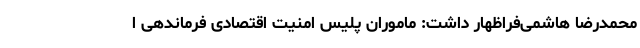
محمدرضا هاشمی‌فراظهار داشت: ماموران پلیس امنیت اقتصادی فرماندهی ا